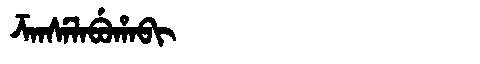
Manchu: ᡯᠠᠨᠰᡝᠯᠠᠪᡠᡥᠠᠪᡳ
Romanization: DZANSELABUHABI